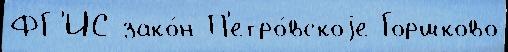
ФГ'ИС зако́н П'етро́вскоjе Горшково